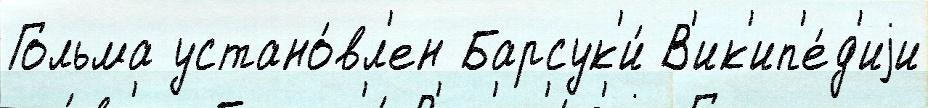
Гольма устано́вл'ен Барсук'и́ В'ик'ип'е́д'иjи